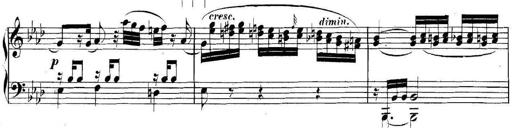
Title: Collected Piano Sonatas
Composer: Muzio Clementi